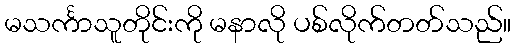
မသင်္ကာသူတိုင်းကို မနာလို ပစ်လိုက်တတ်သည်။